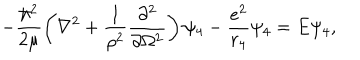
- \frac { \hbar ^ { 2 } } { 2 \mu } \left( \nabla ^ { 2 } + \frac { 1 } { \rho ^ { 2 } } \frac { \partial ^ { 2 } } { \partial \Omega ^ { 2 } } \right) \psi _ { 4 } - \frac { e ^ { 2 } } { r _ { 4 } } \psi _ { 4 } = E \psi _ { 4 } ,